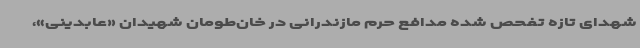
شهدای تازه تفحص شده مدافع حرم مازندرانی در خان‌طومان شهیدان «عابدینی»،